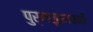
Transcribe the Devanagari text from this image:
पुर्नसुनावणी